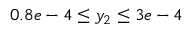
0 . 8 e - 4 \leq y _ { 2 } \leq 3 e - 4